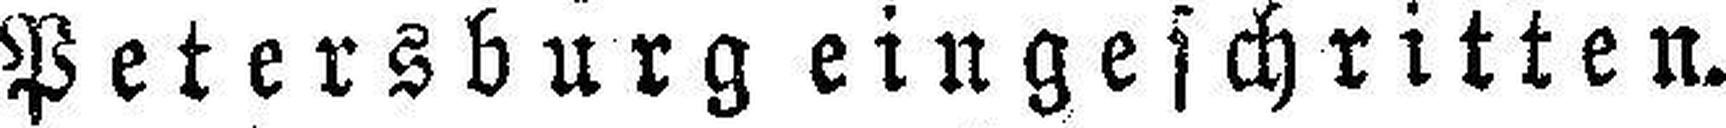
Petersburg eingeschritten.